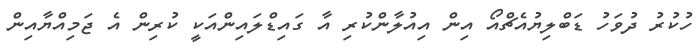
ހުކުރު ދުވަހު ޑަބްލިޔުއެޗްއޯ އިން އިއުލާންކުރި އާ ގައިޑްލައިންއަކީ ކުރިން އެ ޖަމިއްޔާއިން